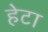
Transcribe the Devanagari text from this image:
हेटा